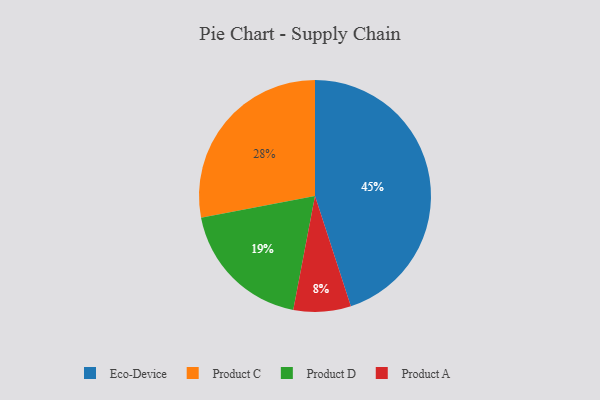
{"axis": {"x": "Category", "y": "Percentage"}, "legend": ["Eco-Device", "Product A", "Product C", "Product D"], "data": [{"x": "Eco-Device", "y": 45, "type": "Eco-Device"}, {"x": "Product D", "y": 19, "type": "Product D"}, {"x": "Product C", "y": 28, "type": "Product C"}, {"x": "Product A", "y": 8, "type": "Product A"}]}